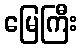
မြေကြီး